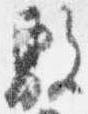
敷